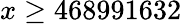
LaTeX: x\geq 468991632